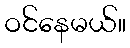
ဝင်နေမယ်။